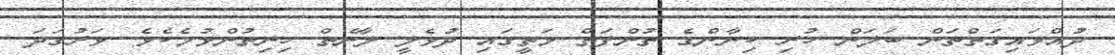
ދުއްވައިގަތްތަން ބަލަން ހުރި ކިނާންގެ ތުންފަތް މަތީގައި ދުވެލީ ލާނެތް ހިނިތުންވުމެކެވެ. ވަރުގަދަ